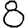
Digit: 8